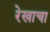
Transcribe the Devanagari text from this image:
रेखाचा